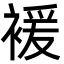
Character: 褑